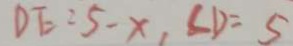
D E = 5 - x , \angle D = 5